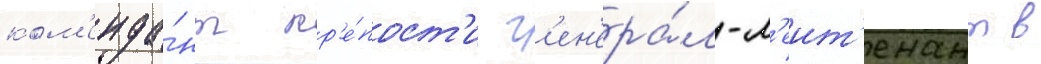
ком'енда́нт кр'е́пост'и г'ен'ера́л-л'еит'енант в